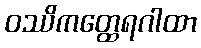
ဝဿိကတ္ထေရဂါထာ